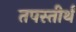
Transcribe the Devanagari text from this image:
तपस्तीर्थं